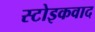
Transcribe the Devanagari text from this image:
स्टोइकवाद